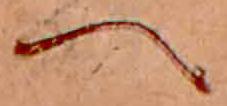
へ